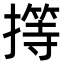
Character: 㩐